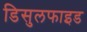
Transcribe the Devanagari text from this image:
डिसुलफाइड